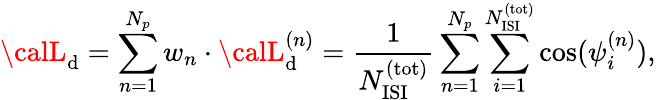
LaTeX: {\calL}_{\mathrm{d}}=\sum_{n=1}^{N_{p}}w_{n}\cdot{\calL}_{\mathrm{d}}^{(n)}={\frac{{1}}{{N_{\mathrm{{ISI}}}^{\mathrm{{(tot)}}}}}}\sum_{n=1}^{N_{p}}\sum_{i=1}^{N_{\mathrm{{ISI}}}^{\mathrm{{(tot)}}}}\cos(\psi_{i}^{(n)}),